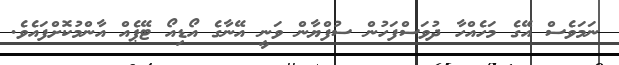
ނަމަވެސް އޭގެ މަހެއްހާ ދުވަސްފަހުން ސުފްޔާން ވަނީ އޭނާގެ އޯޑިއޯ ޓޭޕެއް އާންމުކޮށްފައެވެ.